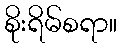
စိုးရိမ်စရာ။